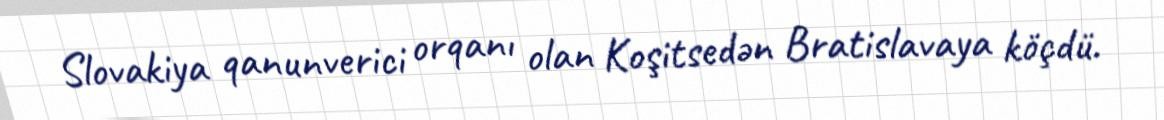
Slovakiya qanunverici orqanı olan Koşitsedən Bratislavaya köçdü.